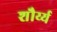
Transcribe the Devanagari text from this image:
शौर्य्य